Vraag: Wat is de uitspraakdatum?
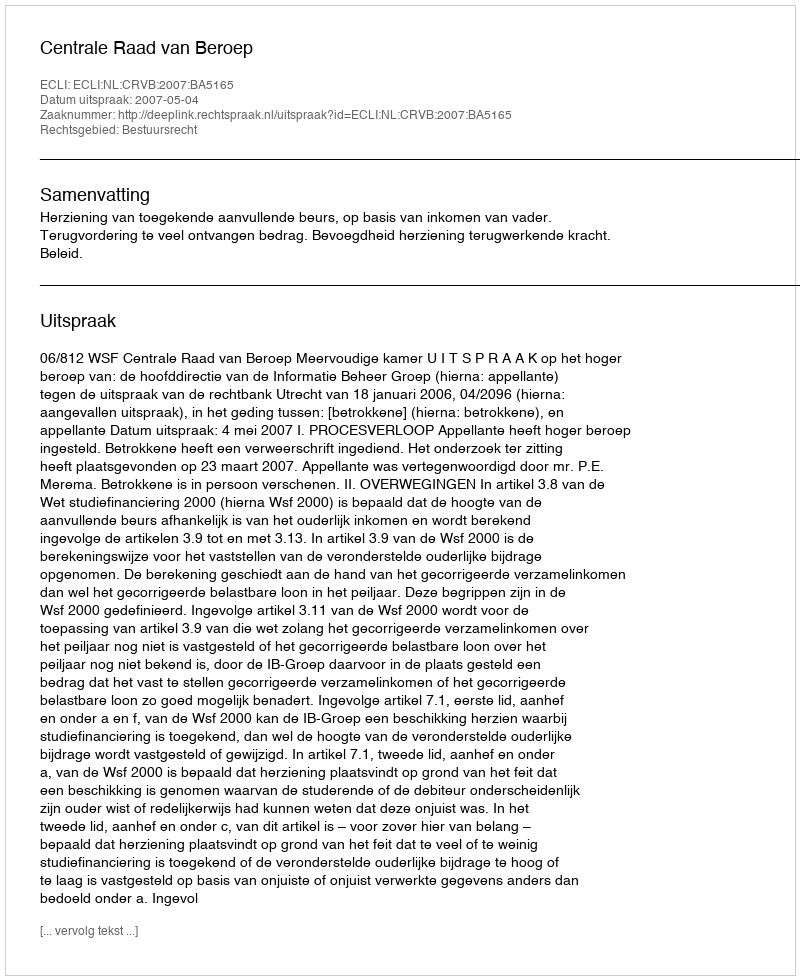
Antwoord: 2007-05-04